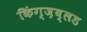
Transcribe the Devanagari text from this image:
किंग्ज़ब्लड